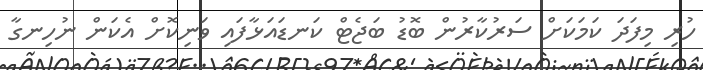
ހުރި މިފަދަ ކަމަކަށް ސަރުކާރުން ބޮޑު ބަޖެޓް ކަނޑައަޅާފައި ވަނިކޮށް އެކަން ނުހިނގާ